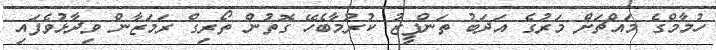
ހުމާމްގެ މައްޗަށް މަރުގެ އަދަބު ތަންފީޒު ކުރުމާބެހޭ ގޮތުން ތޯރިގް ރަމަޒާން ވިދާޅުވެފައި